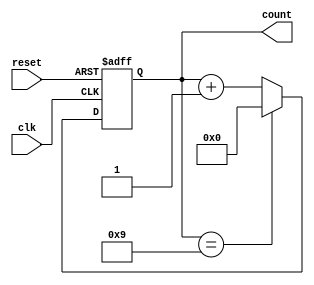
module decade_counter(
  input clk,
  input reset,
  output reg [3:0] count
);

always @(posedge clk or posedge reset) begin
  if(reset) begin
    count <= 4'b0000;
  end else begin
    if(count == 4'b1001) begin
      count <= 4'b0000;
    end else begin
      count <= count + 1;
    end
  end
end

endmodule